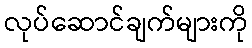
လုပ်ဆောင်ချက်များကို